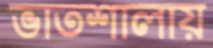
ভাতশালায়